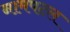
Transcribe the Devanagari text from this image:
नामपटल